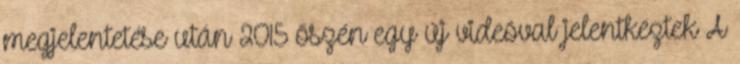
megjelentetése után 2015 őszén egy új videóval jelentkeztek A